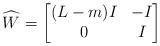
LaTeX: \begin{align*}\widehat{W} = \begin{bmatrix} (L-m) I & -I \\ 0 & I \end{bmatrix}\end{align*}